Tartu_pedagoogiumi_aruanded, lk 10
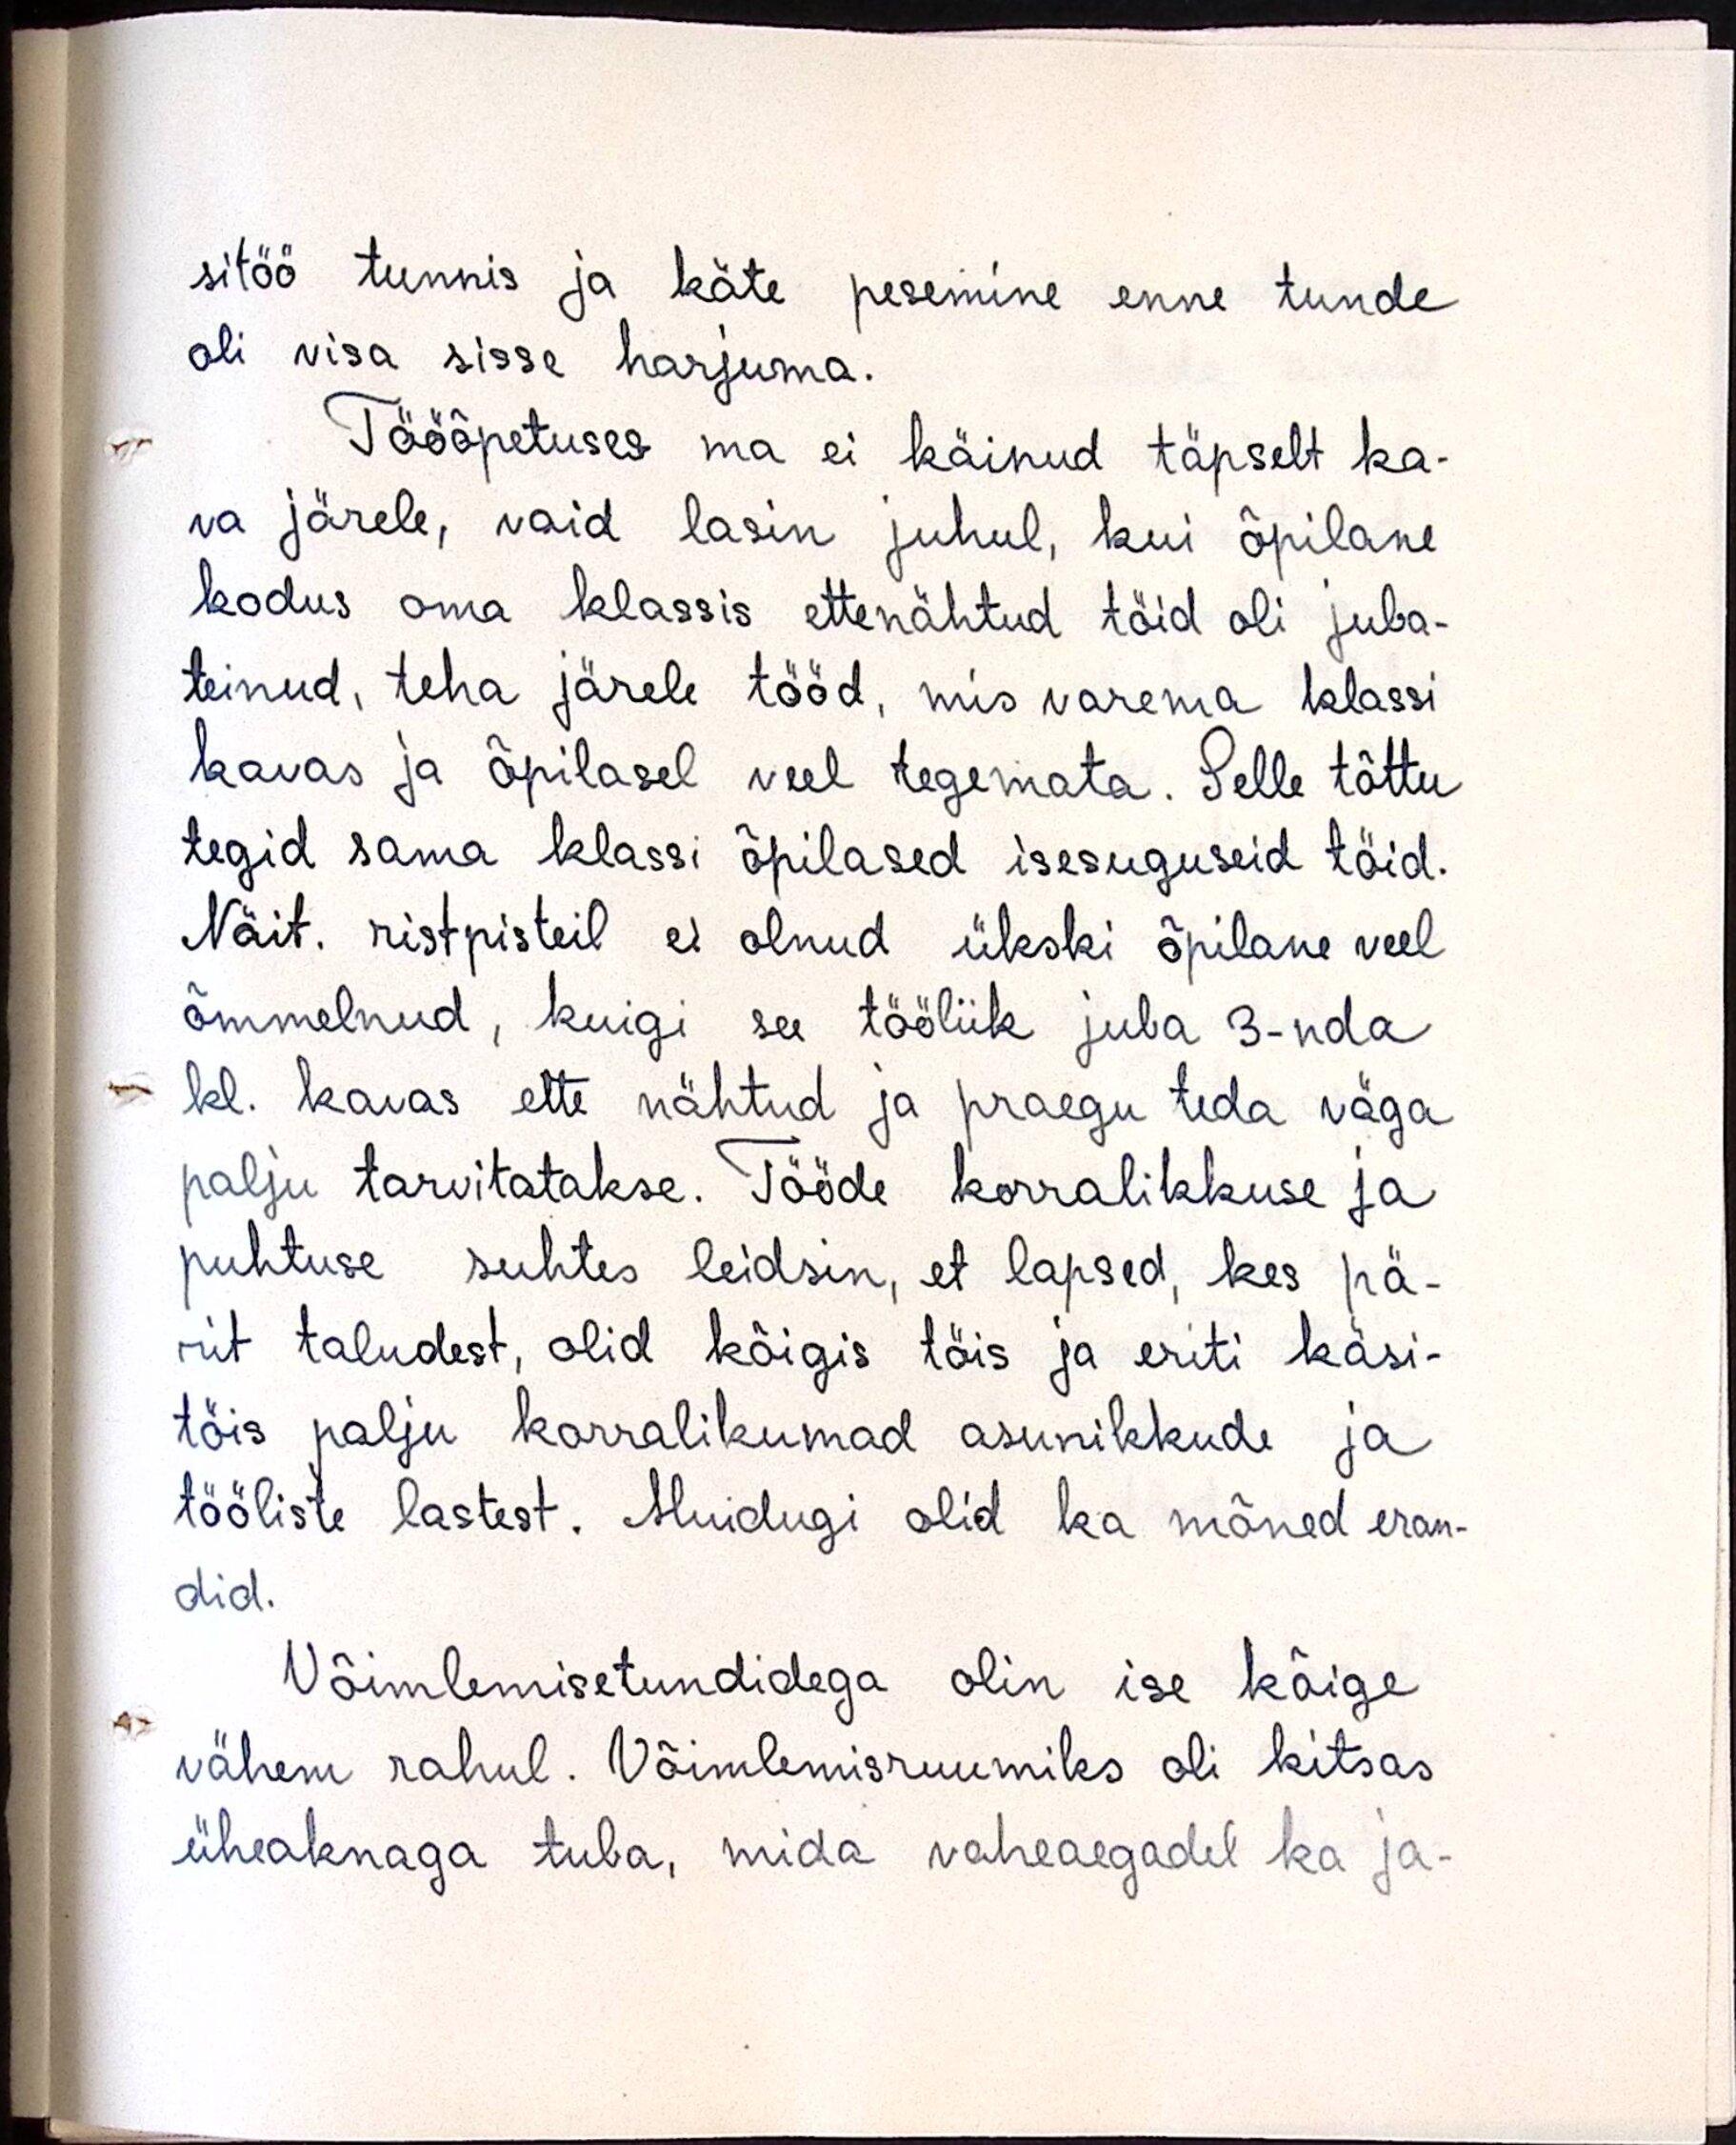
sitöö tunnis ja käte pesemine enne tunde
oli visa sisse harjuma.
Tööõpetuses ma ei käinud täpselt ka-
va järele, vaid lasin juhul, kui õpilane
kodus oma klassis ettenähtud töid oli juba-
teinud, teha järele tööd, mis varema klassi
kavas ja õpilasel veel tegemata. Selle tõttu
tegid sama klassi õpilased isesuguseid töid.
Näit. ristpisteil ei olnud ükski õpilane veel
õmmelnud, kuigi see tööliik juba 3-nda
kl. kavas ette nähtud ja praegu teda väga
palju tarvitatakse. Tööde korralikkuse ja
puhtuse suhtes leidsin, et lapsed, kes pä-
rit taludest, olid kõigis töis ja eriti käsi-
töis palju korralikumad asunikkude ja
tööliste lastest. Muidugi olid ka mõned eran-
did.
Võimlemisetundidega olin ise kõige
vähem rahul. Võimlemisruumiks oli kitsas
üheaknaga tuba, mida vaheaegadel ka ja-